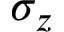
\sigma _ { z }